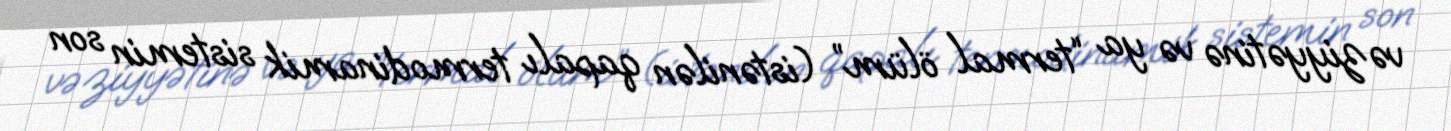
vəziyyətinə və ya “termal ölüm” (istənilən qapalı termodinamik sistemin son